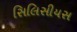
સિલિસીયસ